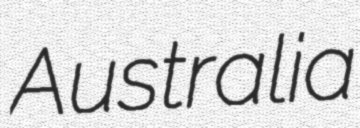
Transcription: Australia